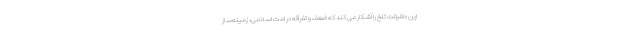
این حقیقت تلخ را آشکار می کند که ضعف و تفرقه در امّت اسلامی، زمینه‌ساز